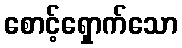
စောင့်ရှောက်သော